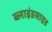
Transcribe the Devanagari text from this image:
ब्लाइंडसाइड